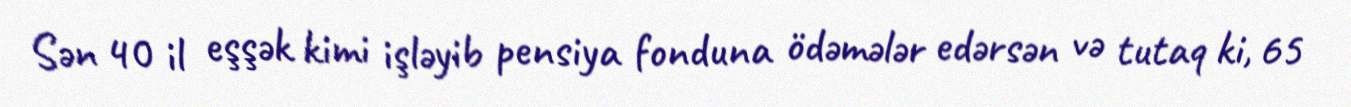
Sən 40 il eşşək kimi işləyib pensiya fonduna ödəmələr edərsən və tutaq ki, 65